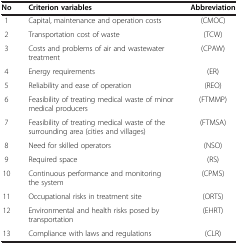
| No | Criterion variables | Abbreviation |
 | --- | --- | --- |
 | 1 | Capital, maintenance and operation costs | (CMOC) |
 | 2 | Transportation cost of waste | (TCW) |
 | 3 | Costs and problems of air and wastewater treatment | (CPAW) |
 | 4 | Energy requirements | (ER) |
 | 5 | Reliability and ease of operation | (REO) |
 | 6 | Feasibility of treating medical waste of minor medical producers | (FTMMP) |
 | 7 | Feasibility of treating medical waste of the surrounding area (cities and villages) | (FTMSA) |
 | 8 | Need for skilled operators | (NSO) |
 | 9 | Required space | (RS) |
 | 10 | Continuous performance and monitoring the system | (CPMS) |
 | 11 | Occupational risks in treatment site | (ORTS) |
 | 12 | Environmental and health risks posed by transportation | (EHRT) |
 | 13 | Compliance with laws and regulations | (CLR) |